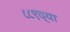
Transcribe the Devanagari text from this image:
८८९च्या